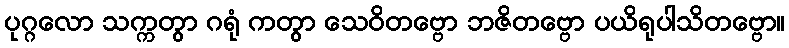
ပုဂ္ဂလော သက္ကတွာ ဂရုံ ကတွာ သေဝိတဗ္ဗော ဘဇိတဗ္ဗော ပယိရုပါသိတဗ္ဗော။